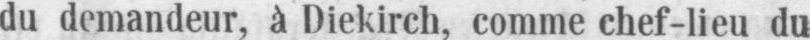
du demandeur, à Diekirch, comme chef-lieu du